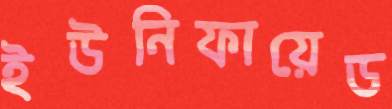
ইউনিফায়েড